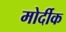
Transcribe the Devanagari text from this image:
मोर्दीक